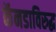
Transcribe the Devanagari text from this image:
कॅनडाविरुद्ध